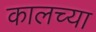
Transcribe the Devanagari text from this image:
कालच्या